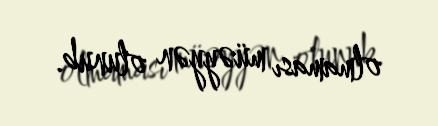
olmaması müəyyən olunub.